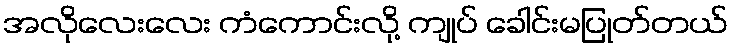
အလိုလေးလေး ကံကောင်းလို့ ကျုပ် ခေါင်းမပြုတ်တယ်